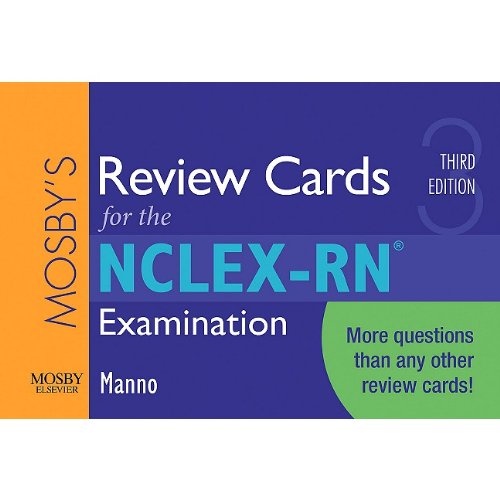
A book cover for Mosby's Review Cards for the NCLEX-RNÂ® Examination, 3e; Martin S. Manno RN  MSN  APRN  BC; Medical Books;